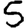
Digit: 5